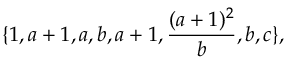
\{ 1 , a + 1 , a , b , a + 1 , \frac { ( a + 1 ) ^ { 2 } } { b } , b , c \} ,